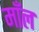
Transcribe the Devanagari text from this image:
माँल